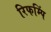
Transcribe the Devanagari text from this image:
रिफम्पिं